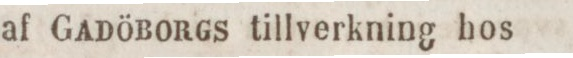
af Gadöborgs tillverkning hos